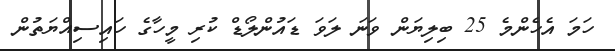
ހަމަ އެހެންމެ 25 ބިލިޔަން ވަނަ ލަވަ ޑައުންލޯޑް ކުރި މީހާގެ ހައިސިއްޔަތުން